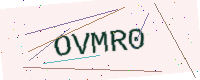
Text: OVMR0